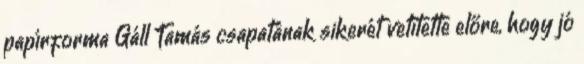
papírforma Gáll Tamás csapatának sikerét vetítette előre, hogy jó